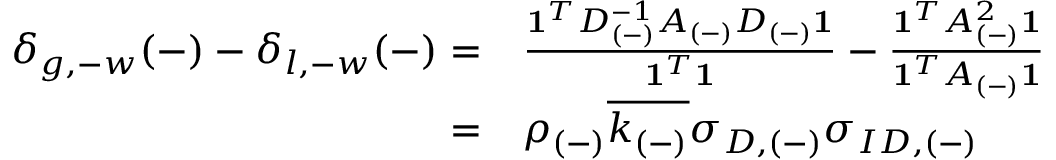
\begin{array} { r l } { \delta _ { g , - w } ( - ) - \delta _ { l , - w } ( - ) = } & { \frac { \mathbf { 1 } ^ { T } D _ { ( - ) } ^ { - 1 } A _ { ( - ) } D _ { ( - ) } \mathbf { 1 } } { \mathbf { 1 } ^ { T } \mathbf { 1 } } - \frac { \mathbf { 1 } ^ { T } A _ { ( - ) } ^ { 2 } \mathbf { 1 } } { \mathbf { 1 } ^ { T } A _ { ( - ) } \mathbf { 1 } } } \\ { = } & { \rho _ { ( - ) } \overline { { k _ { ( - ) } } } \sigma _ { D , ( - ) } \sigma _ { I D , ( - ) } \, } \end{array}